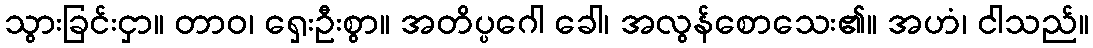
သွားခြင်းငှာ။ တာဝ၊ ရှေးဦးစွာ။ အတိပ္ပဂေါ ခေါ၊ အလွန်စောသေး၏။ အဟံ၊ ငါသည်။